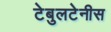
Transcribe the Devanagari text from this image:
टेबुलटेनीस